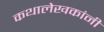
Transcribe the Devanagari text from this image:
कथालेखकांनी